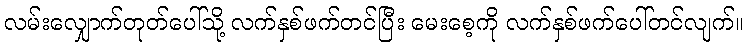
လမ်းလျှောက်တုတ်ပေါ်သို့ လက်နှစ်ဖက်တင်ပြီး မေးစေ့ကို လက်နှစ်ဖက်ပေါ်တင်လျက်။